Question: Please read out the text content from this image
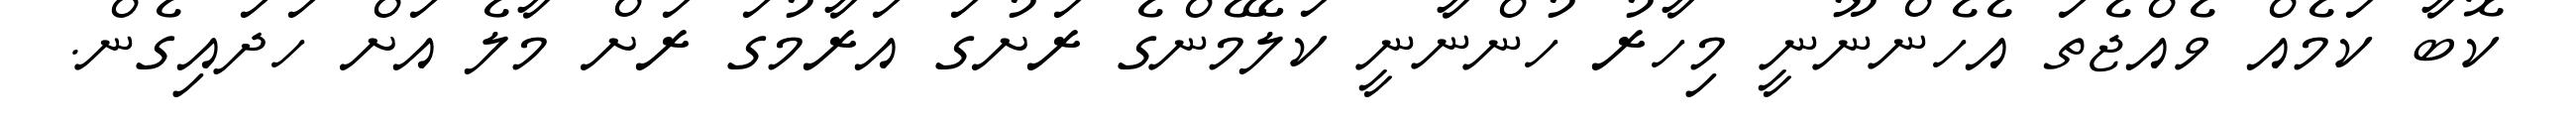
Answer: ކޮބާ ކަމެއް ވެއްޖެތަ އެހެންނޫނީ މިހާރު ހުންނާނީ ކަލޭމެންގެ ރަށުގަ އަރާމުގަ ރަށް މާލެ އަށް ހަދައިގެން.